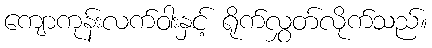
ကျောကုန်းလက်ဝါးနှင့် ရိုက်လွှတ်လိုက်သည်။